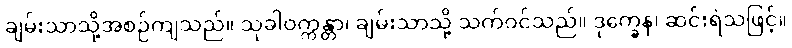
ချမ်းသာသို့အစဉ်ကျသည်။ သုခါဝက္ကန္တာ၊ ချမ်းသာသို့ သက်ဝင်သည်။ ဒုက္ခေန၊ ဆင်းရဲသဖြင့်။